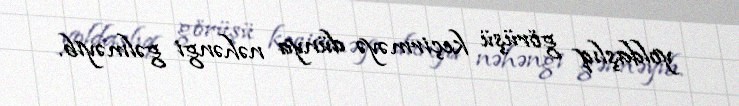
yoldaşlıq görüşü keçirməyə dünya nəhəngi gəlməyib.